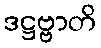
ဒဋ္ဌဗ္ဗာတိ